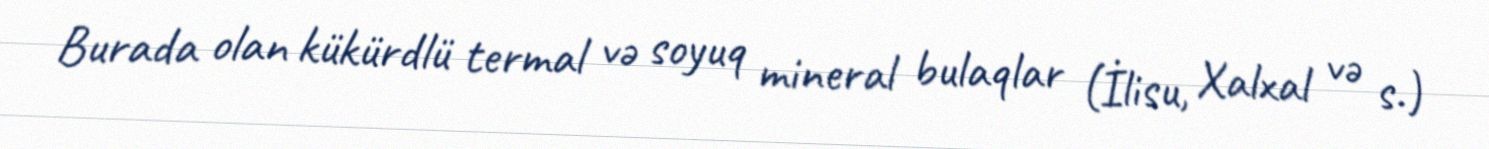
Burada olan kükürdlü termal və soyuq mineral bulaqlar (İlisu, Xalxal və s.)